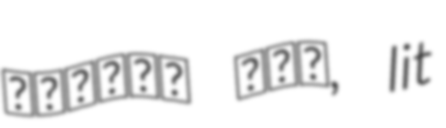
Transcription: זיכרון משה, lit